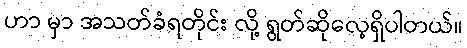
ဟာ မှာ အသတ်ခံရတိုင်း လို့ ရွတ်ဆိုလေ့ရှိပါတယ်။